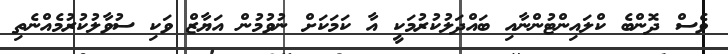
ވެސް ދޮންބެ ކްލައިންޓުންނާއި ބައްދަލުކުރުމަކީ އާ ކަމަކަށް ނުވުމުން އަޔާޒް ވަކި ސުވާލުކުރުމެއްނެތި